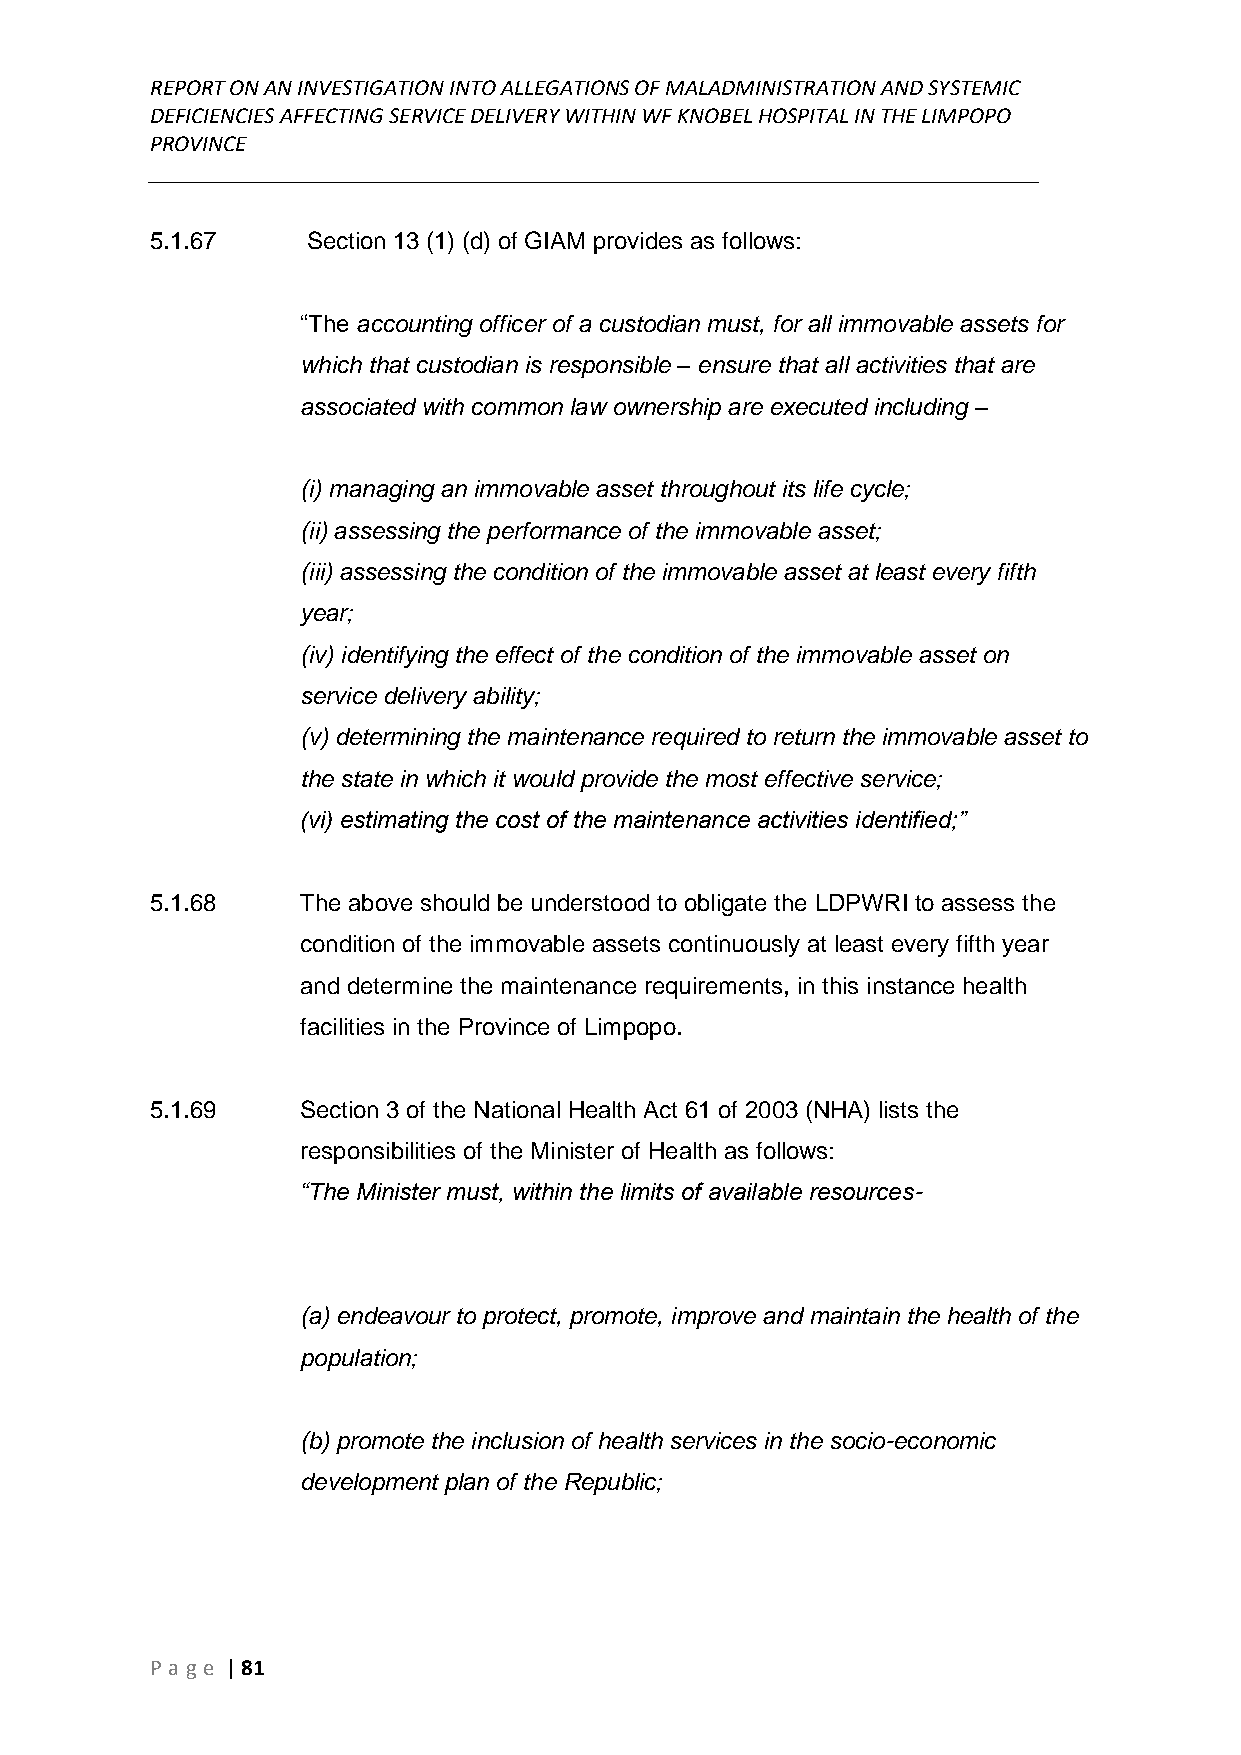
REPORT ON AN INVESTIGATION INTO ALLEGATIONS OF MALADMINISTRATION AND SYSTEMIC
 DEFICIENCIES AFFECTING SERVICE DELIVERY WITHIN WF KNOBEL HOSPITAL IN THE LIMPOPO
 PROVINCE
 ______________________________________________________________________________
 5.1.67    Section 13 (1) (d) of GIAM provides as follows:
 “The accounting officer of a custodian must, for all immovable assets for
 which that custodian is responsible – ensure that all activities that are
 associated with common law ownership are executed including –
 (i) managing an immovable asset throughout its life cycle;
 (ii) assessing the performance of the immovable asset;
 (iii) assessing the condition of the immovable asset at least every fifth
 year;
 (iv) identifying the effect of the condition of the immovable asset on
 service delivery ability;
 (v) determining the maintenance required to return the immovable asset to
 the state in which it would provide the most effective service;
 (vi) estimating the cost of the maintenance activities identified;”
 5.1.68    The above should be understood to obligate the LDPWRI to assess the
 condition of the immovable assets continuously at least every fifth year
 and determine the maintenance requirements, in this instance health
 facilities in the Province of Limpopo.
 5.1.69    Section 3 of the National Health Act 61 of 2003 (NHA) lists the
 responsibilities of the Minister of Health as follows:
 “The Minister must, within the limits of available resources-
 (a) endeavour to protect, promote, improve and maintain the health of the
 population;
 (b) promote the inclusion of health services in the socio-economic
 development plan of the Republic;
 P age | 81